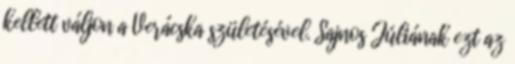
kellett váljon a Verácska születésével. Sajnos Júliának ezt az